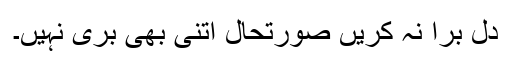
دل برا نہ کریں صورتحال اتنی بھی بری نہیں۔